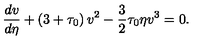
\frac { d v } { d \eta } + \left( 3 + \tau _ { 0 } \right) v ^ { 2 } - \frac 3 2 \tau _ { 0 } \eta v ^ { 3 } = 0 .